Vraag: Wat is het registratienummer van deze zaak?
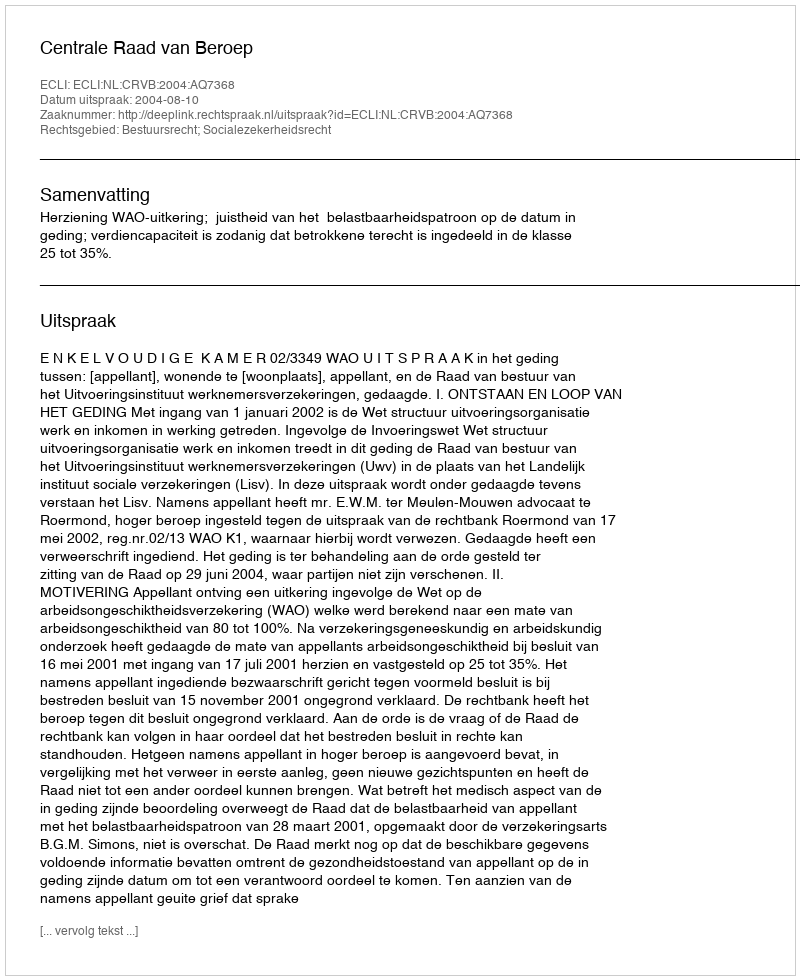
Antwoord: http://deeplink.rechtspraak.nl/uitspraak?id=ECLI:NL:CRVB:2004:AQ7368